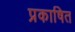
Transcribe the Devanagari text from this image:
प्रकाषित